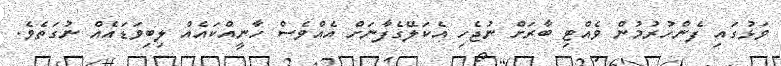
ވަޅުގައި ފެންހުރުމުން ވެއްޓި ބާރަށް ނުޖެހި އެކަލޭގެފާނަށް އެއްވެސް ހާނީއްކައެއް ލިބިވަޑައެއް ނުގަތެވެ.